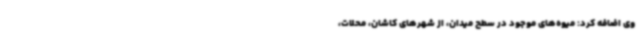
وی اضافه کرد: میوه‌های موجود در سطح میدان، از شهرهای کاشان، محلات،